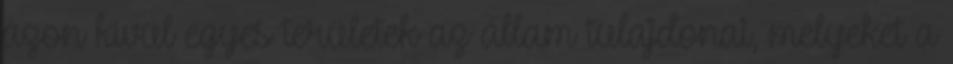
azon kívül egyes területek az állam tulajdonai, melyeket a